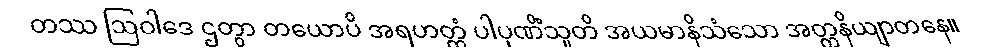
တဿ ဩဝါဒေ ဌတွာ တယောပိ အရဟတ္တံ ပါပုဏိံသူတိ အယမာနိသံသော အတ္တနိယျာတနေ။